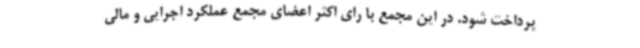
پرداخت شود. در این مجمع با رای اکثر اعضای مجمع عملکرد اجرایی و مالی